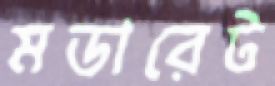
মডারেট